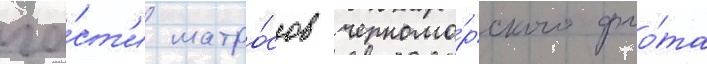
ча́ст'и матро́сов черномо́рского фло́та